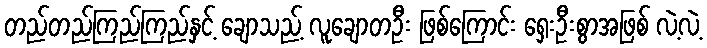
တည်တည်ကြည်ကြည်နှင့် ချောသည့် လူချောတဦး ဖြစ်ကြောင်း ရှေးဦးစွာအဖြစ် လဲ့လဲ့